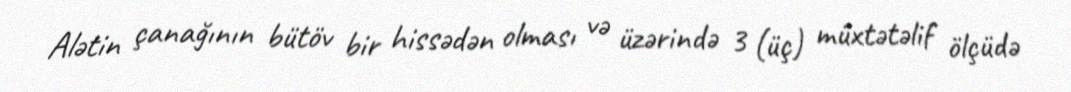
Alətin çanağının bütöv bir hissədən olması və üzərində 3 (üç) müxtətəlif ölçüdə